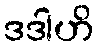
ဒဒါဟိ